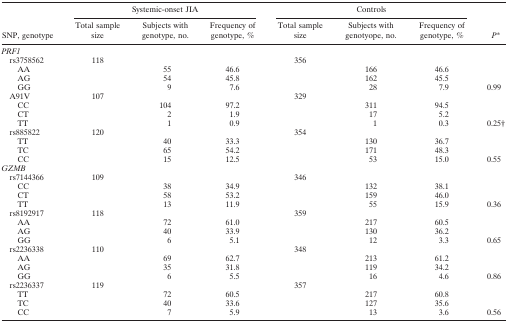
<table><thead><tr><td></td><td colspan="3"><b>Systemic-onset JIA</b></td><td colspan="3"><b>Controls</b></td><td></td></tr><tr><td><b>SNP,genotype</b></td><td><b>Total sample size</b></td><td><b>Subjects with genotype, no.</b></td><td><b>Frequency of genotype, %</b></td><td><b>Total sample size</b></td><td><b>Subjects with genotyope, no.</b></td><td><b>Frequency of genotype, %</b></td><td><b><i>P</i>*</b></td></tr></thead><tbody><tr><td colspan="8"><i>PRFI</i></td></tr><tr><td>rs3758562</td><td>118</td><td></td><td></td><td>356</td><td></td><td></td><td></td></tr><tr><td>AA</td><td></td><td>55</td><td>46.6</td><td></td><td>166</td><td>46.6</td><td></td></tr><tr><td>AG</td><td></td><td>54</td><td>45.8</td><td></td><td>162</td><td>45.5</td><td></td></tr><tr><td>GG</td><td></td><td>9</td><td>7.6</td><td></td><td>28</td><td>7.9</td><td>0.99</td></tr><tr><td>A91V</td><td>107</td><td></td><td></td><td>329</td><td></td><td></td><td></td></tr><tr><td>CC</td><td></td><td>104</td><td>97.2</td><td></td><td>311</td><td>94.5</td><td></td></tr><tr><td>CT</td><td></td><td>2</td><td>1.9</td><td></td><td>17</td><td>5.2</td><td></td></tr><tr><td>TT</td><td></td><td>1</td><td>0.9</td><td></td><td>1</td><td>0.3</td><td>0.25†</td></tr><tr><td>rs885822</td><td>120</td><td></td><td></td><td>354</td><td></td><td></td><td></td></tr><tr><td>TT</td><td></td><td>40</td><td>33.3</td><td></td><td>130</td><td>36.7</td><td></td></tr><tr><td>TC</td><td></td><td>65</td><td>54.2</td><td></td><td>171</td><td>48.3</td><td></td></tr><tr><td>CC</td><td></td><td>15</td><td>12.5</td><td></td><td>53</td><td>15.0</td><td>0.55</td></tr><tr><td colspan="8"><i>GZMB</i></td></tr><tr><td>rs7144366</td><td>109</td><td></td><td></td><td>346</td><td></td><td></td><td></td></tr><tr><td>CC</td><td></td><td>38</td><td>34.9</td><td></td><td>132</td><td>38.1</td><td></td></tr><tr><td>CT</td><td></td><td>58</td><td>53.2</td><td></td><td>159</td><td>46.0</td><td></td></tr><tr><td>TT</td><td></td><td>13</td><td>11.9</td><td></td><td>55</td><td>15.9</td><td>0.36</td></tr><tr><td>rs8192917</td><td>118</td><td></td><td></td><td>359</td><td></td><td></td><td></td></tr><tr><td>AA</td><td></td><td>72</td><td>61.0</td><td></td><td>217</td><td>60.5</td><td></td></tr><tr><td>AG</td><td></td><td>40</td><td>33.9</td><td></td><td>130</td><td>36.2</td><td></td></tr><tr><td>GG</td><td></td><td>6</td><td>5.1</td><td></td><td>12</td><td>3.3</td><td>0.65</td></tr><tr><td>rs2236338</td><td>110</td><td></td><td></td><td>348</td><td></td><td></td><td></td></tr><tr><td>AA</td><td></td><td>69</td><td>62.7</td><td></td><td>213</td><td>61.2</td><td></td></tr><tr><td>AG</td><td></td><td>35</td><td>31.8</td><td></td><td>119</td><td>34.2</td><td></td></tr><tr><td>GG</td><td></td><td>6</td><td>5.5</td><td></td><td>16</td><td>4.6</td><td>0.86</td></tr><tr><td>rs2236337</td><td>119</td><td></td><td></td><td>357</td><td></td><td></td><td></td></tr><tr><td>TT</td><td></td><td>72</td><td>60.5</td><td></td><td>217</td><td>60.8</td><td></td></tr><tr><td>TC</td><td></td><td>40</td><td>33.6</td><td></td><td>127</td><td>35.6</td><td></td></tr><tr><td>CC</td><td></td><td>7</td><td>5.9</td><td></td><td>13</td><td>3.6</td><td>0.56</td></tr></tbody></table>